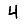
Digit: 4